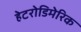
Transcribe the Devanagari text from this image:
हेटरोडिमेरिक